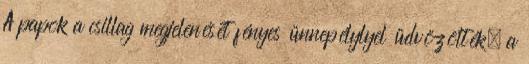
A papok a csillag megjelenését fényes ünnepélylyel üdvözölték, a